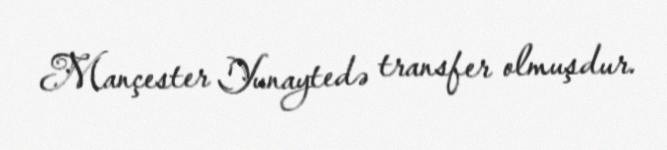
Mançester Yunaytedə transfer olmuşdur.